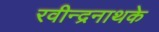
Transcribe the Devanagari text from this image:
रवीन्द्रनाथके